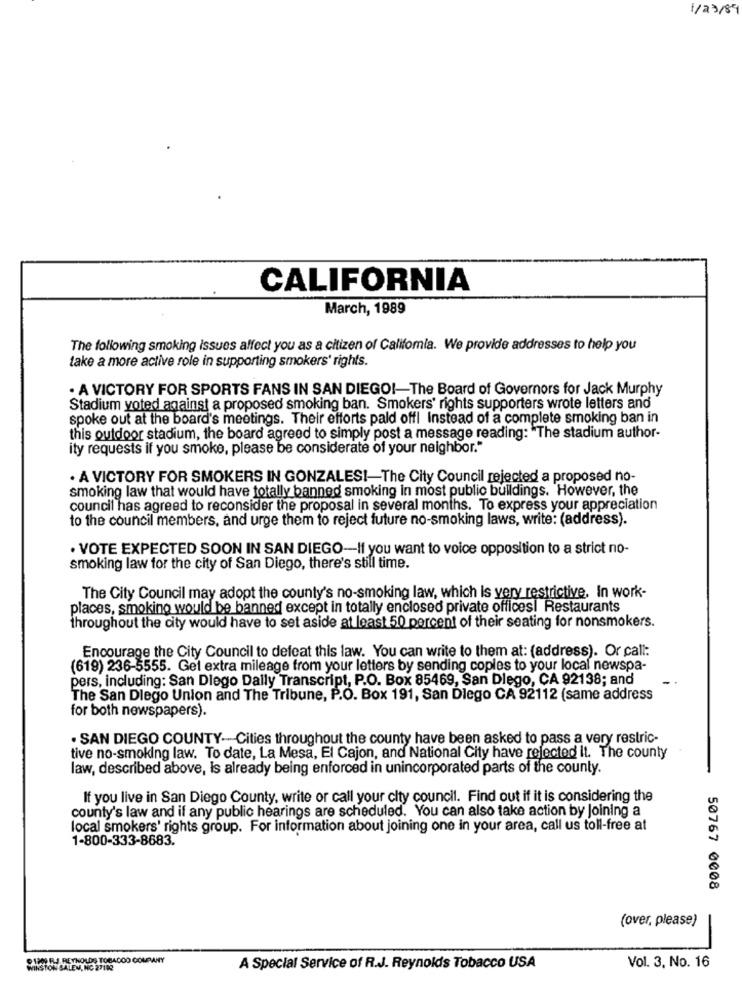
1/23/89
CALIFORNIA
March, 1989
The following smoking issues affect you as a citizen of California. We provide addresses to help you
take a more active role in supporting smokers' rights.
. A VICTORY FOR SPORTS FANS IN SAN DIEGO !- The Board of Governors for Jack Murphy
Stadium voted against a proposed smoking ban. Smokers' rights supporters wrote letters and
spoke out at the board's meetings. Their efforts paid off! Instead of a complete smoking ban in
this outdoor stadium, the board agreed to simply post a message reading: "The stadium author-
ity requests if you smoke, please be considerate of your neighbor."
. A VICTORY FOR SMOKERS IN GONZALES !- The City Council rejected a proposed no-
smoking law that would have totally banned smoking In most public buildings. However, the
council has agreed to reconsider the proposal in several months. To express your appreciation
to the council members, and urge them to reject future no-smoking laws, write: (address).
· VOTE EXPECTED SOON IN SAN DIEGO-If you want to voice opposition to a strict no-
smoking law for the city of San Diego, there's still time.
The City Council may adopt the county's no-smoking law, which is very restrictive. In work-
places, smoking would be banned except in totally enclosed private offices! Restaurants
throughout the city would have to set aside at least 50 percent of their seating for nonsmokers.
Encourage the City Council to defeat this law. You can write to them at: (address). Or call:
(619) 236-5555. Gel extra mileage from your letters by sending copies to your local newspa-
pers, including: San Diego Dally Transcript, P.O. Box 85469, San Diego, CA 92138; and
The San Diego Union and The Tribune, P.O. Box 191, San Diego CA 92112 (same address
for both newspapers).
. SAN DIEGO COUNTY- Cities throughout the county have been asked to pass a very restric-
tive no-smoking law. To date, La Mesa, El Cajon, and National City have rejected it. The county
law, described above, Is already being enforced in unincorporated parts of the county.
If you live in San Diego County, write or call your city council. Find out if it is considering the
county's law and if any public hearings are scheduled. You can also take action by Joining a
local smokers' rights group. For information about joining one in your area, call us toll-free at
1-800-333-8683.
50767 0008
(over, please)
-
91300 FLJ. REYNOLDS TOBACCO COMPANY
WINSTON SALEM, NC 27182
A Special Service of R.J. Reynolds Tobacco USA
Vol. 3. No. 16